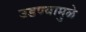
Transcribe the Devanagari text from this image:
उडण्यामुळे